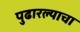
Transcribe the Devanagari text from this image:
पुढारल्याचा